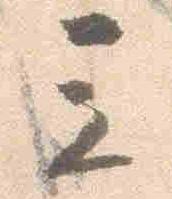
立